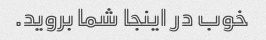
خوب در اینجا شما بروید.